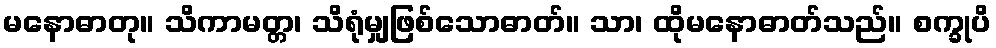
မနောဓာတု။ သိကာမတ္တ၊ သိရုံမျှဖြစ်သောဓာတ်။ သာ၊ ထိုမနောဓာတ်သည်။ စက္ခုပိ